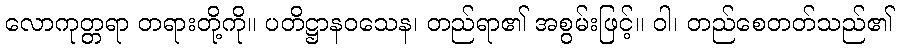
လောကုတ္တရာ တရားတို့ကို။ ပတိဋ္ဌာနဝသေန၊ တည်ရာ၏ အစွမ်းဖြင့်။ ဝါ၊ တည်စေတတ်သည်၏